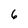
Character: 6